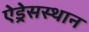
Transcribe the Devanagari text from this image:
ऐड्रेसस्थान